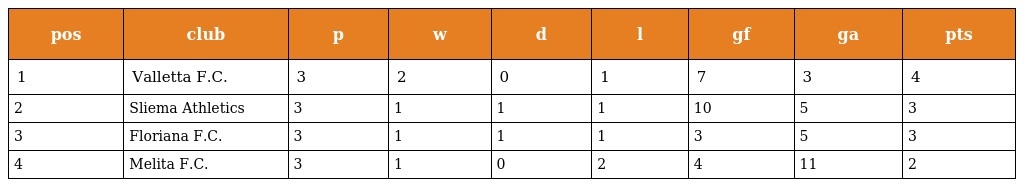
| pos | club | p | w | d | l | gf | ga | pts |
 | --- | --- | --- | --- | --- | --- | --- | --- | --- |
 | 1 | Valletta F.C. | 3 | 2 | 0 | 1 | 7 | 3 | 4 |
 | 2 | Sliema Athletics | 3 | 1 | 1 | 1 | 10 | 5 | 3 |
 | 3 | Floriana F.C. | 3 | 1 | 1 | 1 | 3 | 5 | 3 |
 | 4 | Melita F.C. | 3 | 1 | 0 | 2 | 4 | 11 | 2 |